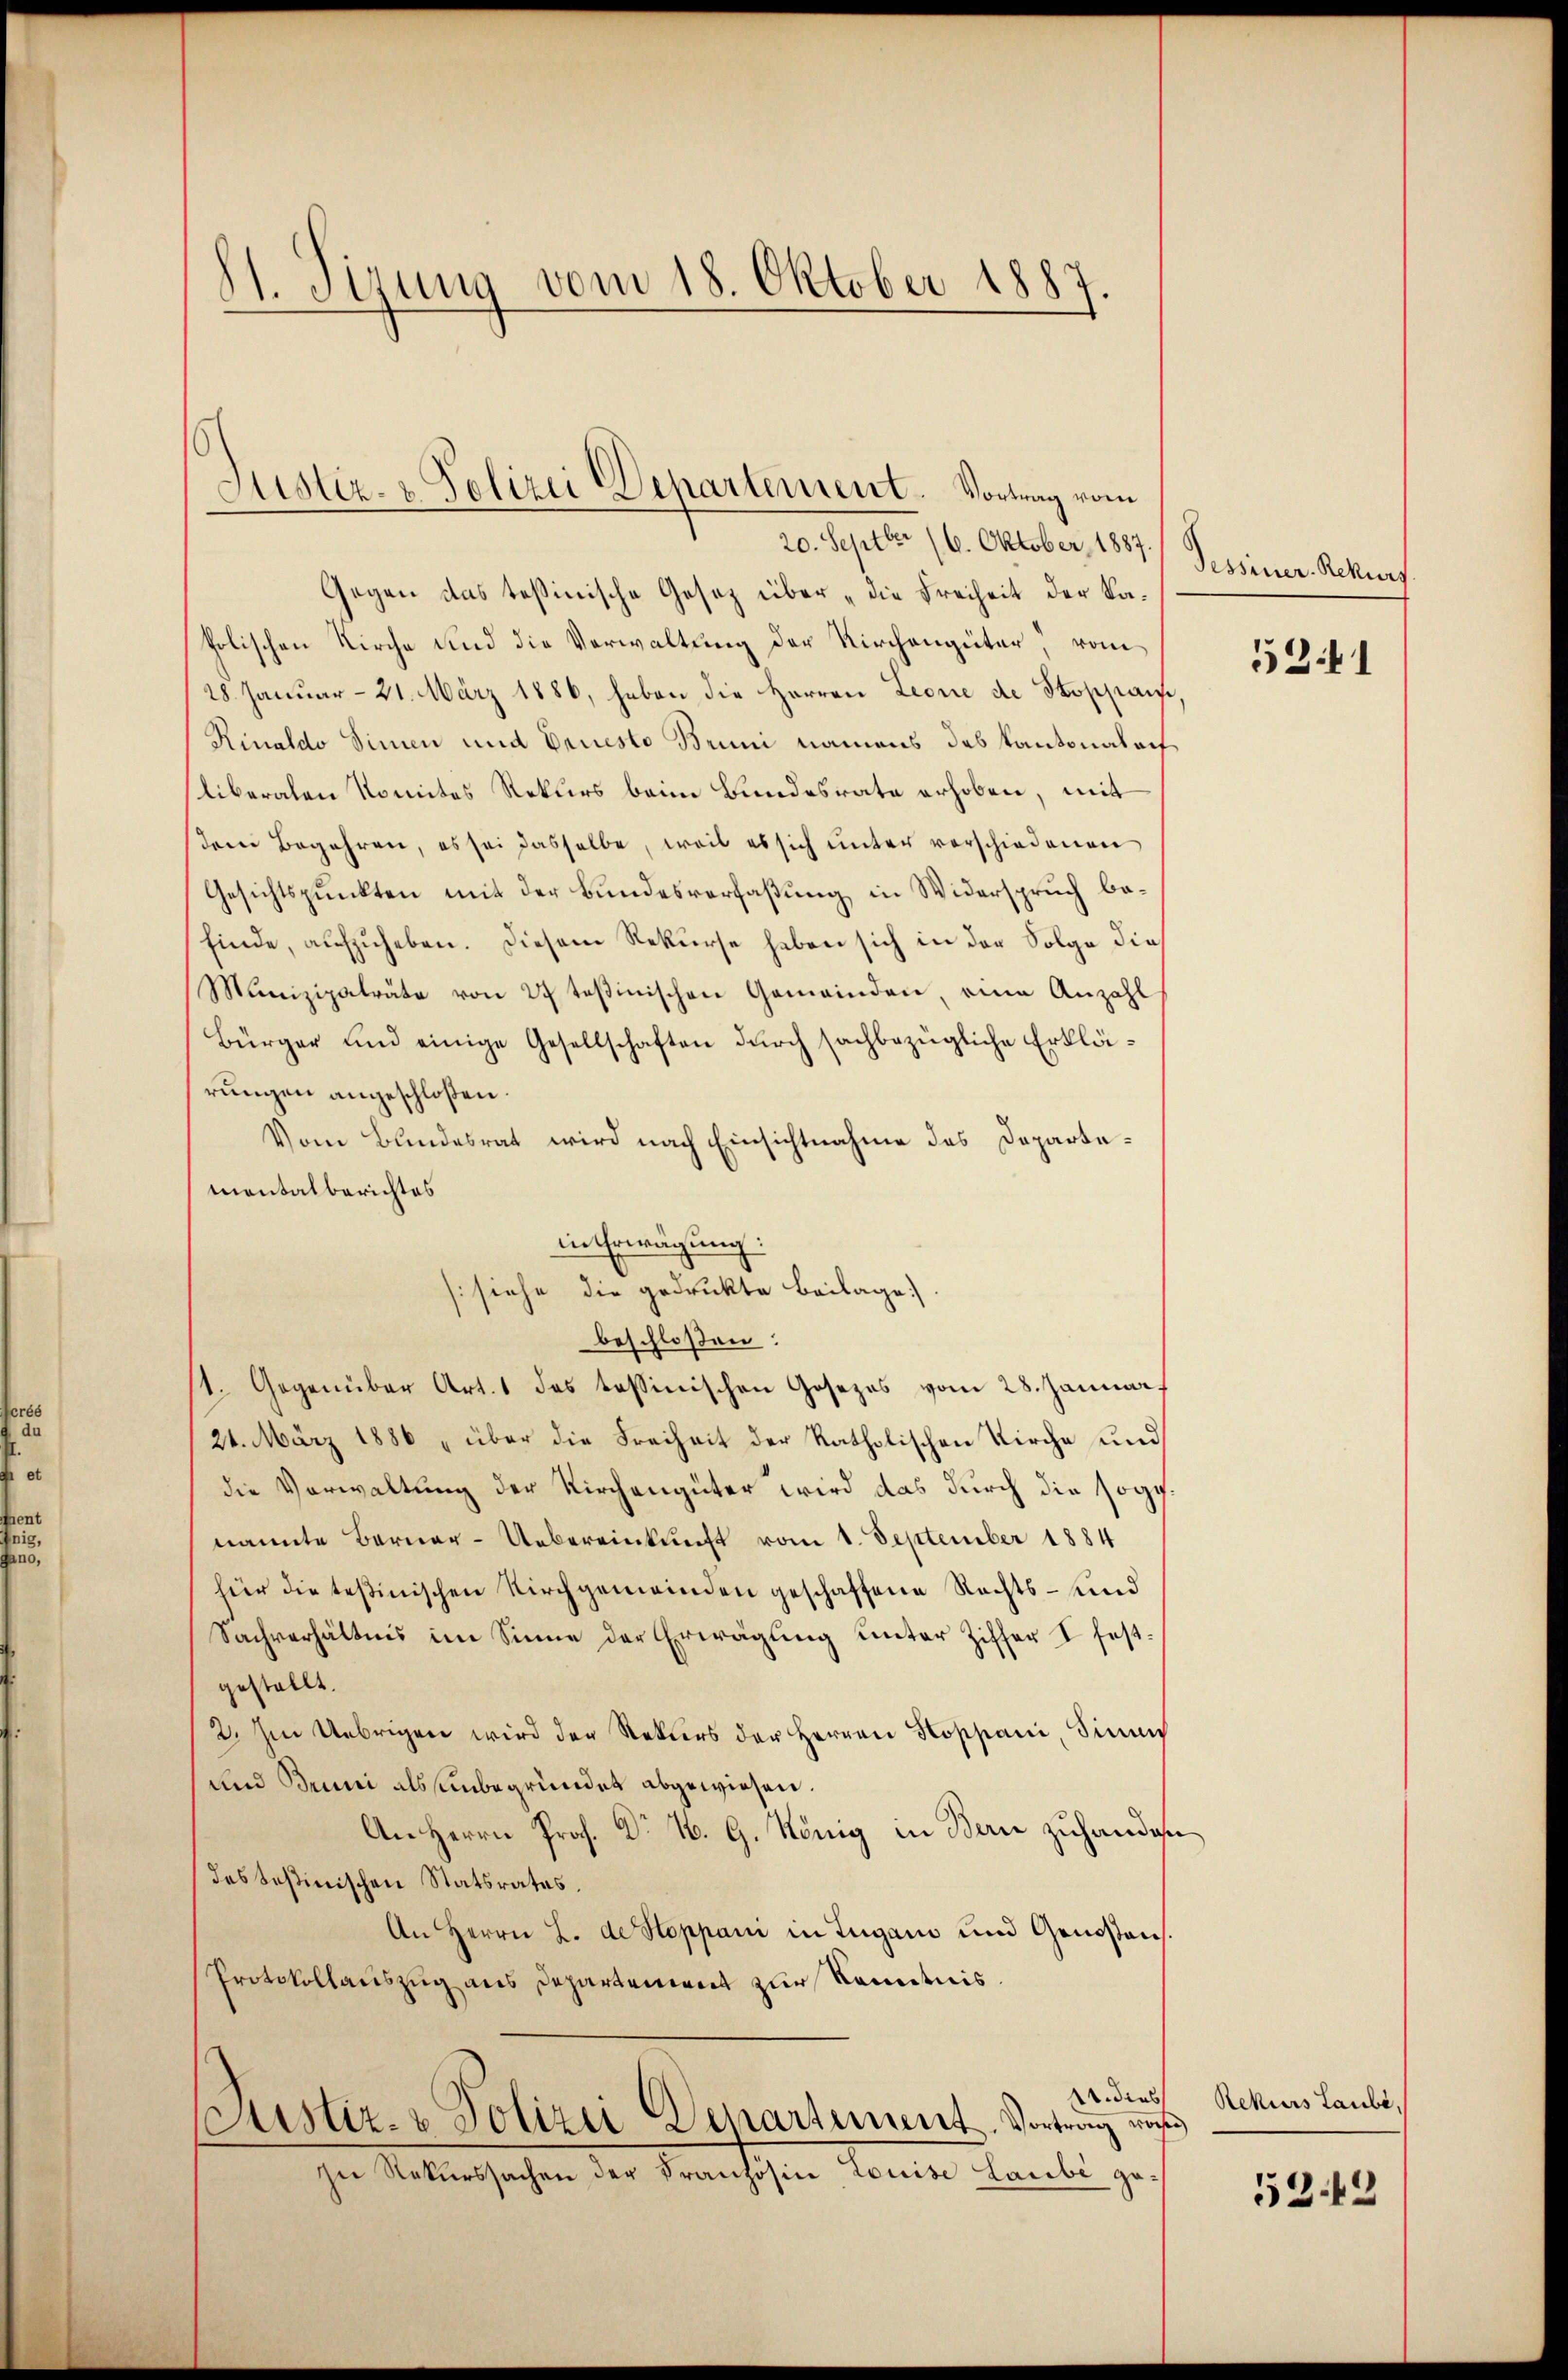
S. Tizung vom 18. Oktober 1887

Gegen das Teßinische Gesetz über „die Freiheit der Kaholischen Kirche und die Verwaltung der Kirchengüter, vom
28. Januar 21. März 1886, haben die Herren Leone de Stoppais
Rinaldo Simen und Ernesto Bruni namens das Kantonalach
liberalen Komites Rekurs beim Bundesrate erhoben, mit
dem Begehren, es sei dasselbe, weil es sich unter verschiedenen
Gesichtspunkten mit der Bundesverfaßung in Widerspruch befinde, aufzuheben. Diesem Rekurse haben sich in der Folge die
Munizipalräte von 27 teßinischen Gemeinden, eine Anzahl
Bürger und einige Gesellschaften durch sachbezügliche Erklärungen angeschloßen.
Vom Bundesrat wird nach Einsichtnahme des Departemontalberichtes
in Erwägung:
[siehe die gedruckte Beilage.
beschloßen:
st. Gegenüber Art. 1 das tessinischen Gosezes vom 28. Januar,
24. März 1886 „über die Freiheit der katholischen Kirche und
die Verwaltung der Kirchengüter wird das durch die sog.
nannte Berner-Uebereinkunft vom 1. September 1884
für die testinischen Kirchgemeinden geschaffene Rechts- und
Sachverhältnis im Sinne der Erwägung unter Ziffer I fest
gestellt.
2. Im Uebrigen wird der Rekurs der Herren Koppani, Sinne
und Bruni als unbegründet abgewiesen.
An Herrn Prof. Dr N. G. König in Bern zuhandesdes Teßinischen Statsrates.
An Herrn L. de Stoppani in Lugano und Genossens.
Protokollauszug aus Departement zur Kenntnis.
Aidial
Justiz- & Polizei Departement, Vortrag und
zu Rekurssachen der Französin Louise Laube ge¬

d
Astiz- & Polizei Departement. Vortrag vom
20. Septbr. 16. Oktober, 1887.

Tessiner Rekurs

5241

Rekurs Laube,

5242